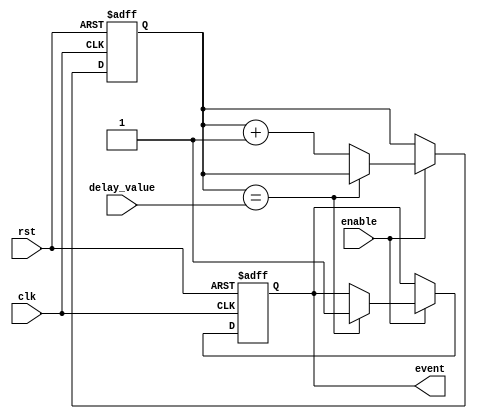
module event_timer(
    input wire clk, // system clock input
    input wire rst, // reset signal
    input wire enable, // enable signal for timer
    input wire [31:0] delay_value, // desired time delay value
    output reg event // event signal output
);

reg [31:0] count;

always @(posedge clk or posedge rst) begin
    if (rst == 1'b1) begin
        count <= 0;
        event <= 1'b0;
    end else begin
        if (enable == 1'b1) begin
            if (count == delay_value) begin
                event <= 1'b1;
            end else begin
                count <= count + 1;
            end
        end
    end
end

endmodule